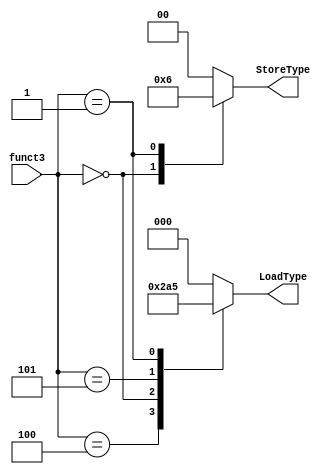
module load_store_unit(funct3,LoadType,StoreType);

   input [2:0] funct3;
   output reg [2:0] LoadType;
   output reg [1:0] StoreType;
   
	always @(*) begin
		case (funct3)
			3'b010: begin
				LoadType = 3'b000;
				StoreType = 2'b00;
				end
			3'b100: begin
				LoadType = 3'b001;
				StoreType = 2'b00;
				end
			3'b000: begin
				LoadType = 3'b010;
				StoreType = 2'b01;
				end
			3'b101: begin
				LoadType = 3'b100;
				StoreType = 2'b00;
				end
			3'b001: begin
				LoadType = 3'b101;
				StoreType = 2'b10;
				end
			default: begin
				LoadType = 3'b000;
				StoreType = 2'b00;
				end
		endcase
	end
endmodule